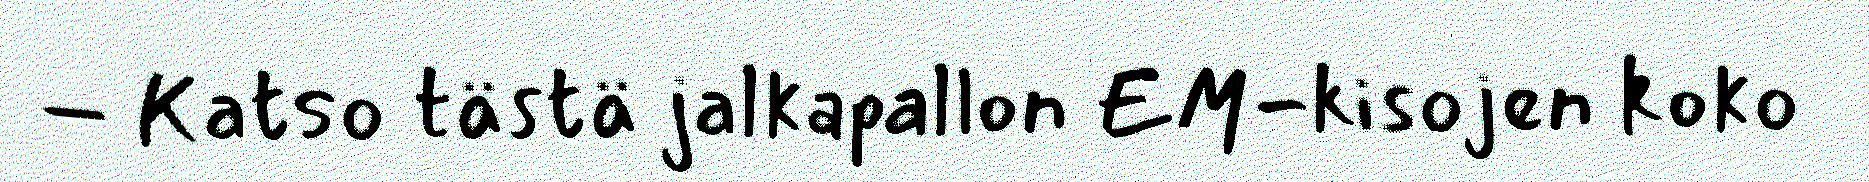
– Katso tästä jalkapallon EM-kisojen koko